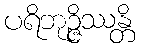
ပရိဘုဉ္ဇိဿန္တိ